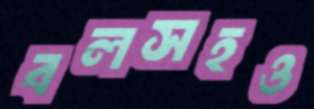
বলসহও